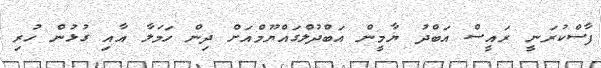
ފާސްކުރަނީ ރައީސް އަބްދު ޔާމީން އަބްދުލްގައްޔޫމްއަށް ދިން ހަމަލާ އާއި ގުޅުން ހުރި